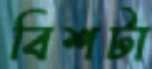
বিশটা